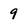
Character: 9